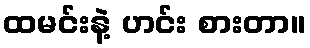
ထမင်းနဲ့ ဟင်း စားတာ။